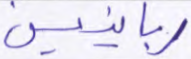
ربانيين